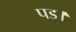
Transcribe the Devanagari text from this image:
पड।